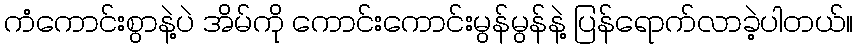
ကံကောင်းစွာနဲ့ပဲ အိမ်ကို ကောင်းကောင်းမွန်မွန်နဲ့ ပြန်ရောက်လာခဲ့ပါတယ်။